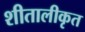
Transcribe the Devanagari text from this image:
शीतालीकृत